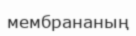
мембрананың